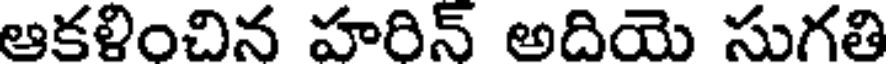
ఆకళించిన హరిన్ అదియె సుగతి